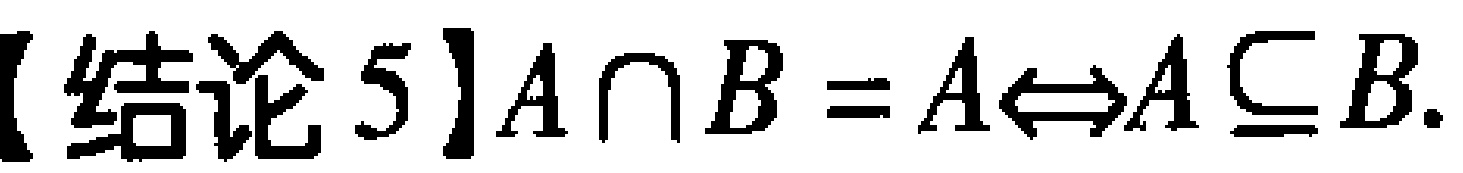
【结论5】$A\cap B = A\Leftrightarrow A\subseteq B$.